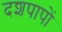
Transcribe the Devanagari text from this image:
दशपापों